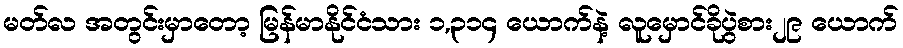
မတ်လ အတွင်းမှာတော့ မြန်မာနိုင်ငံသား ၁,၃၁၄ ယောက်နဲ့ လူမှောင်ခိုပွဲစား၂၉ ယောက်